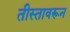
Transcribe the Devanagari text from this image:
तीस्तावरून